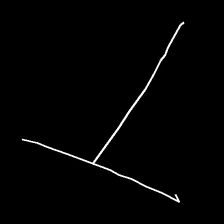
Glyph: column